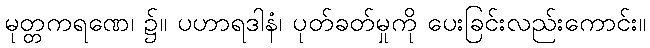
မုတ္တကရဏေ၊ ၌။ ပဟာရဒါနံ၊ ပုတ်ခတ်မှုကို ပေးခြင်းလည်းကောင်း။